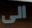
الى